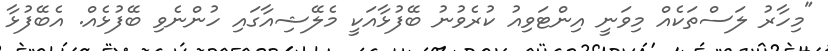
"މިހާރު ލަސްތަކެއް މިވަނީ އިންޓަވިއު ކުރެވުނު ބޭފުޅާއަކީ މެލޭޝިއާގައި ހުންނެވި ބޭފުޅެއް. އެބޭފުޅާ